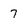
Character: 7